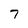
Character: 7